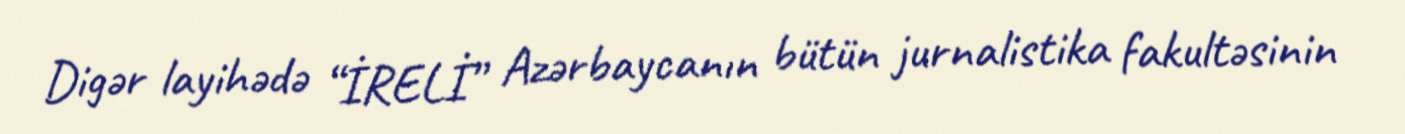
Digər layihədə “İRELİ” Azərbaycanın bütün jurnalistika fakultəsinin